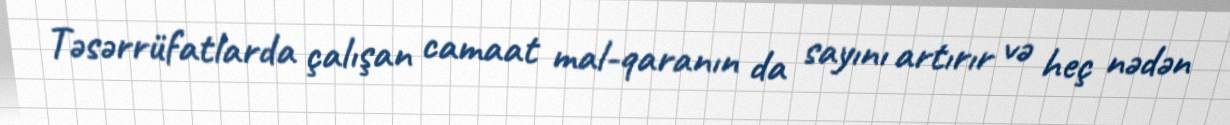
Təsərrüfatlarda çalışan camaat mal-qaranın da sayını artırır və heç nədən